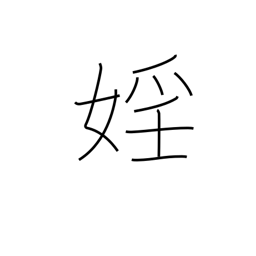
Meaning: lewdness